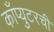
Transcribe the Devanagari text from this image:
काँप्युटरची